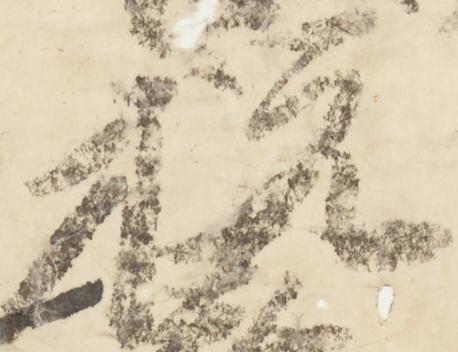
祝